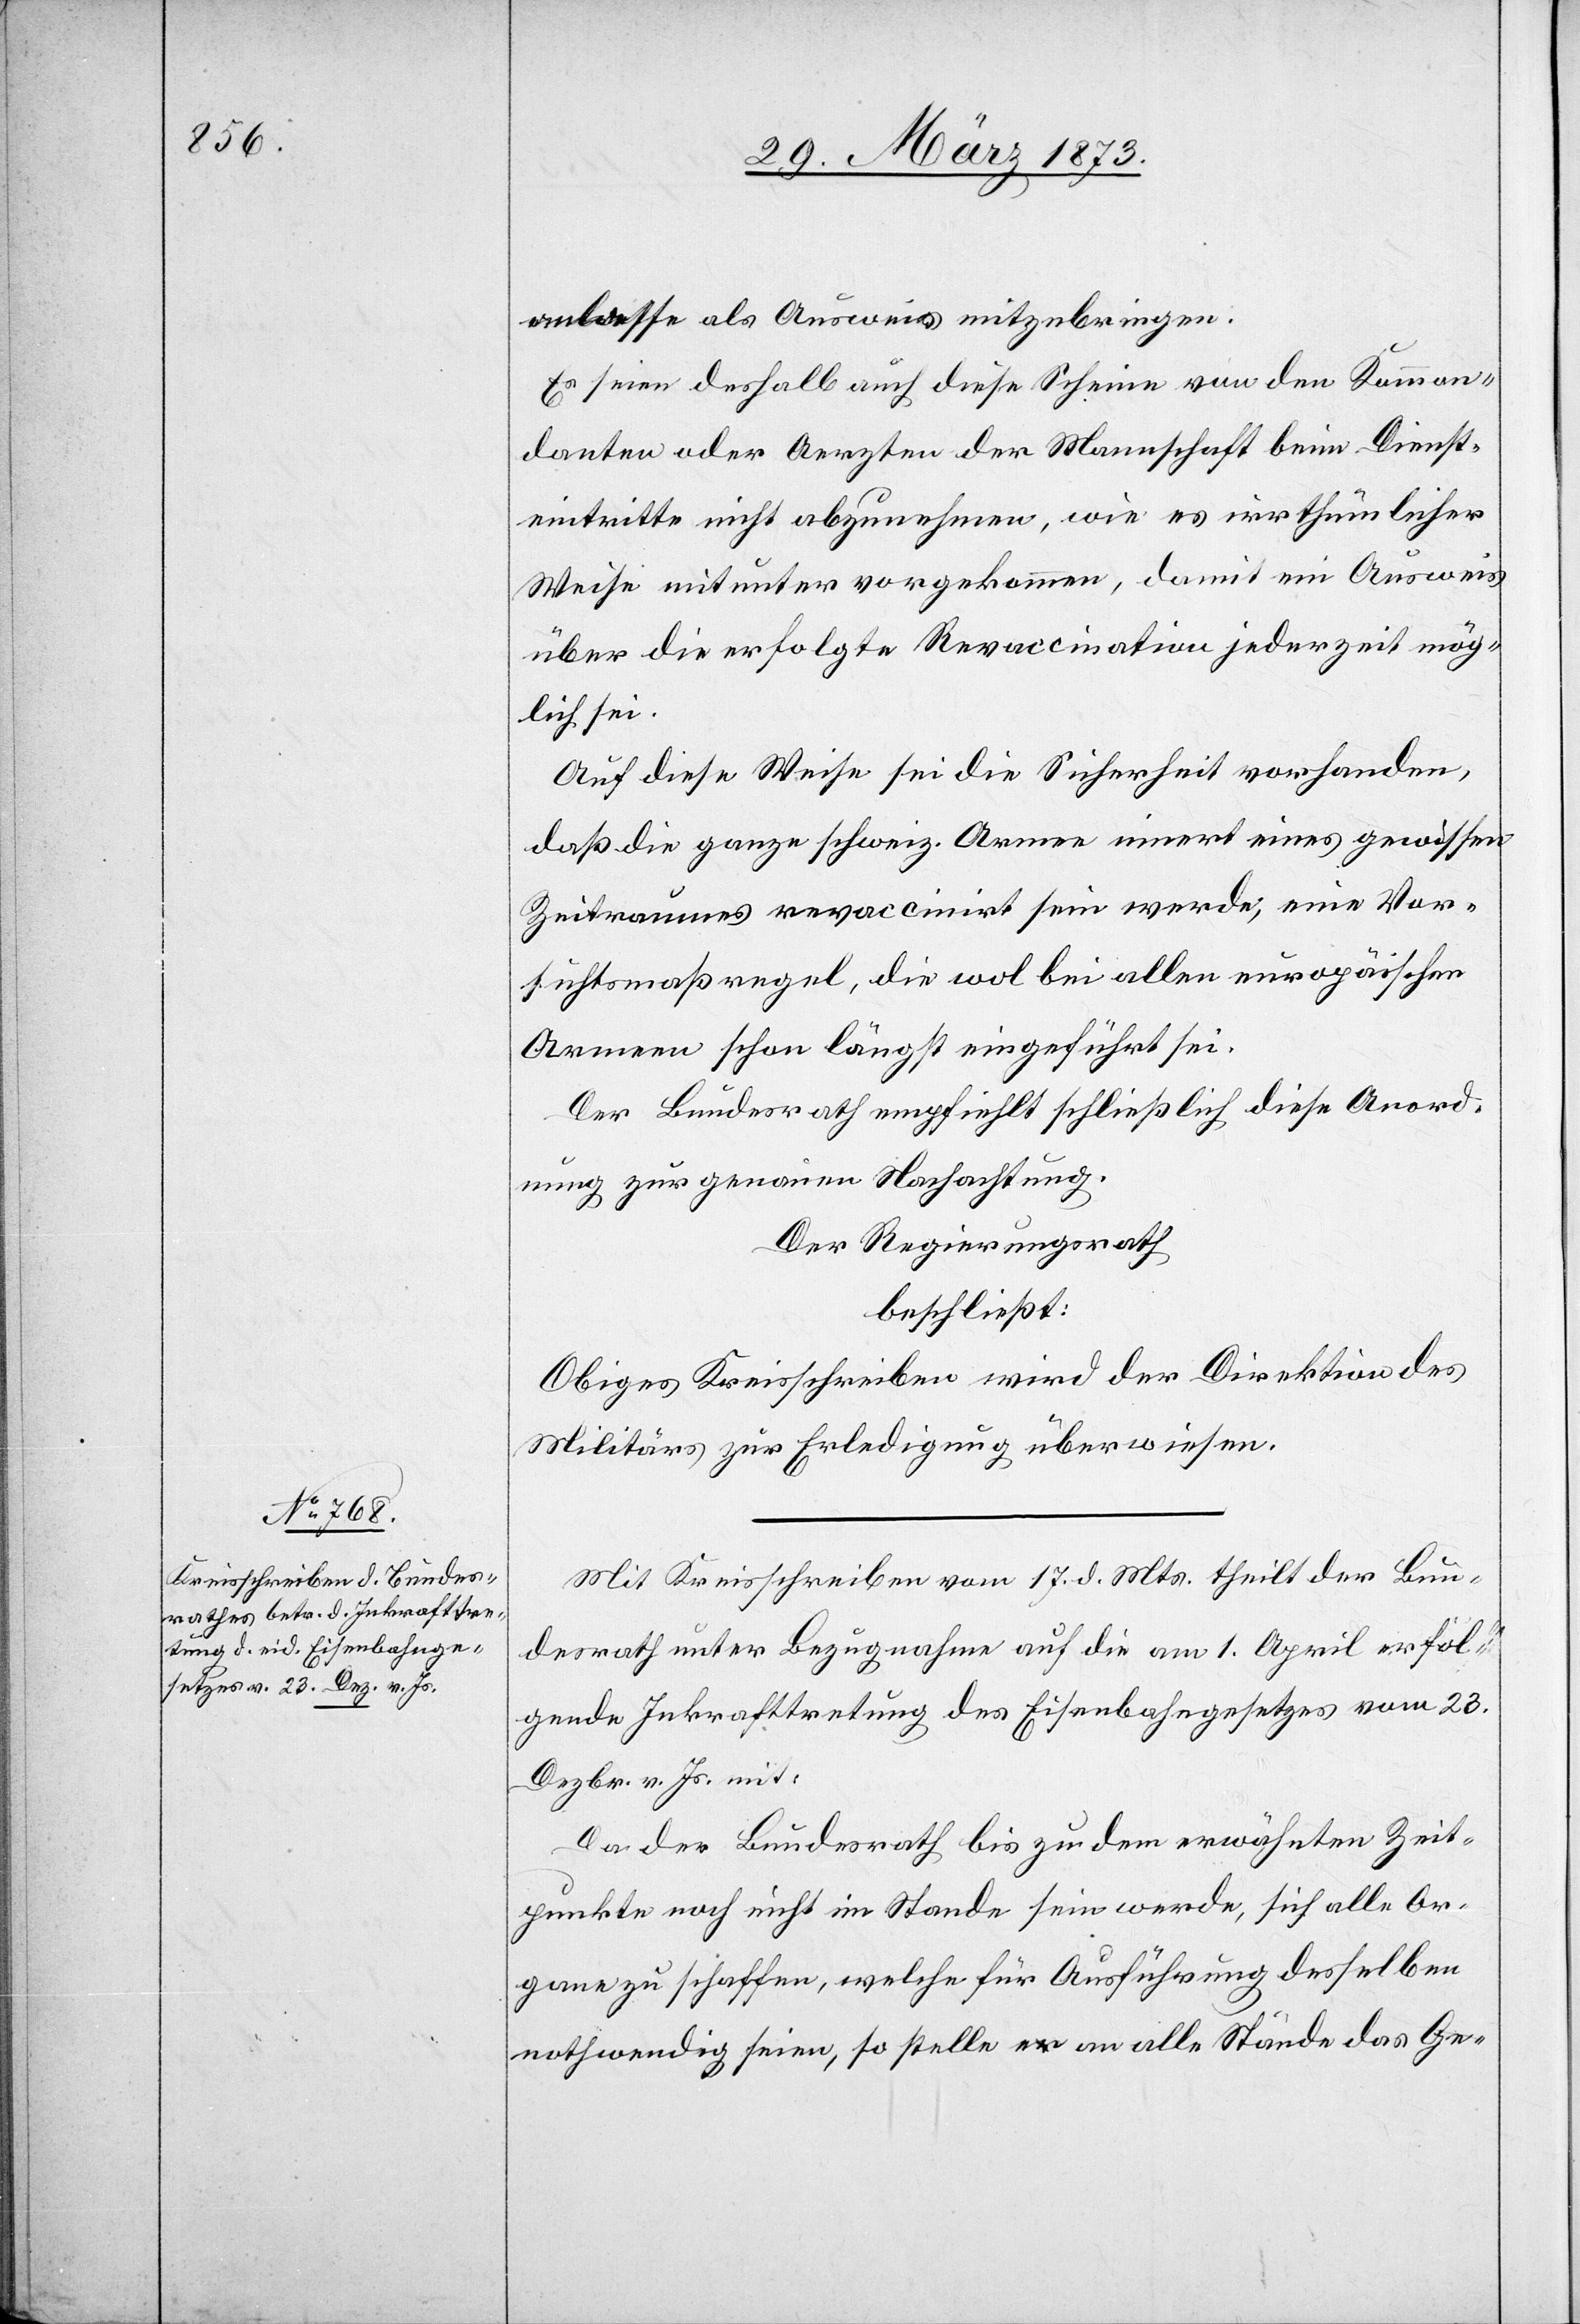
anlasse als Ausweis mitzubringen.
Es seien deshalb auch diese Scheine von den Komman¬
danten oder Aerzten der Mannschaft beim Dienst¬
eintritte nicht abzunehmen, wie es irrthümlicher
Weise mitunter vorgekommen, damit ein Ausweis
über die erfolgte Revaccination jederzeit mög¬
lich sei.
Auf diese Weise sei die Sicherheit vorhanden,
daß die ganze schweiz. Armee innert eines gewissen
Zeitraumes revaccinirt sein werde, eine Vor¬
sichtsmaßregel, die wol bei allen europäischen
Armeen schon längst eingeführt sei.
Der Bundesrath empfiehlt schließlich diese Anord¬
nung zur genauen Nachachtung.
Der Regierungsrath
beschließt:
Obiges Kreisschreiben wird der Direktion des
Militärs zur Erledigung überwiesen.
Mit Kreisschreiben vom 17. d. Mts. theilt der Bun¬
desrath unter Bezugnahme auf die am 1. April erfol¬
gende Inkrafttretung des Eisenbahngesetzes vom 23.
Dezbr. v. Js. mit:
Da der Bundesrath bis zu dem erwähnten Zeit¬
punkte noch nicht im Stande sein werde, sich alle Or¬
gane zu schaffen, welche für Ausführung desselben
nothwendig seien, so stelle er an alle Stände das Ge-